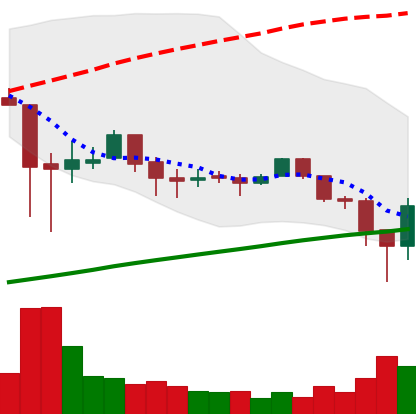
Ticker: LTC-USD
Chart end date: 2018-02-03
Forward return: -6.729%
Label: down_5_7